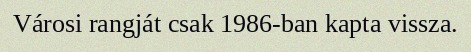
Városi rangját csak 1986-ban kapta vissza.